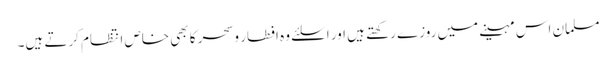
مسلمان اس مہینے میں روزے رکھتے ہیں اور اسلئے وہ افطار وسحر کا بھی خاص انتظام کرتے ہیں۔